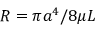
R = \pi a ^ { 4 } / 8 \mu L